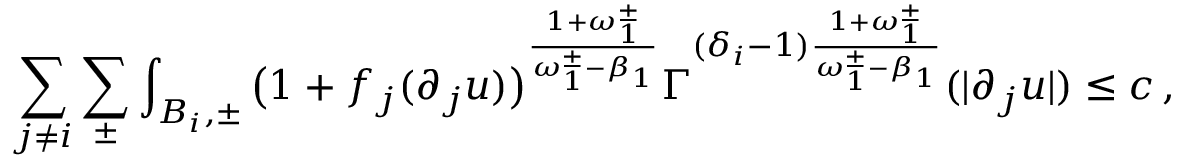
\sum _ { j \not = i } \sum _ { \pm } \int _ { B _ { i } , \pm } \big ( 1 + f _ { j } ( \partial _ { j } u ) \big ) ^ { \frac { 1 + \omega _ { 1 } ^ { \pm } } { \omega _ { 1 } ^ { \pm } - \beta _ { 1 } } } \Gamma ^ { ( \delta _ { i } - 1 ) \frac { 1 + \omega _ { 1 } ^ { \pm } } { \omega _ { 1 } ^ { \pm } - \beta _ { 1 } } } ( | \partial _ { j } u | ) \leq c \, ,